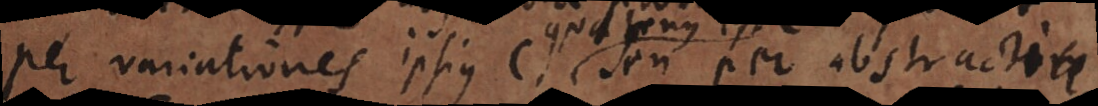
per variationes ipsius c quatenus est c seu per abstracti